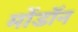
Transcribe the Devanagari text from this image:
मोंडॉन